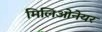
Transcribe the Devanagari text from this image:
मिलिओनेयर